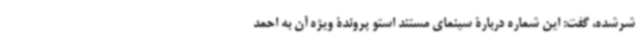
شرشده، گفت: این شماره دربارۀ سینمای مستند استو پروندۀ ویژه آن به احمد